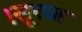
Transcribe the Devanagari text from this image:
।सूरज